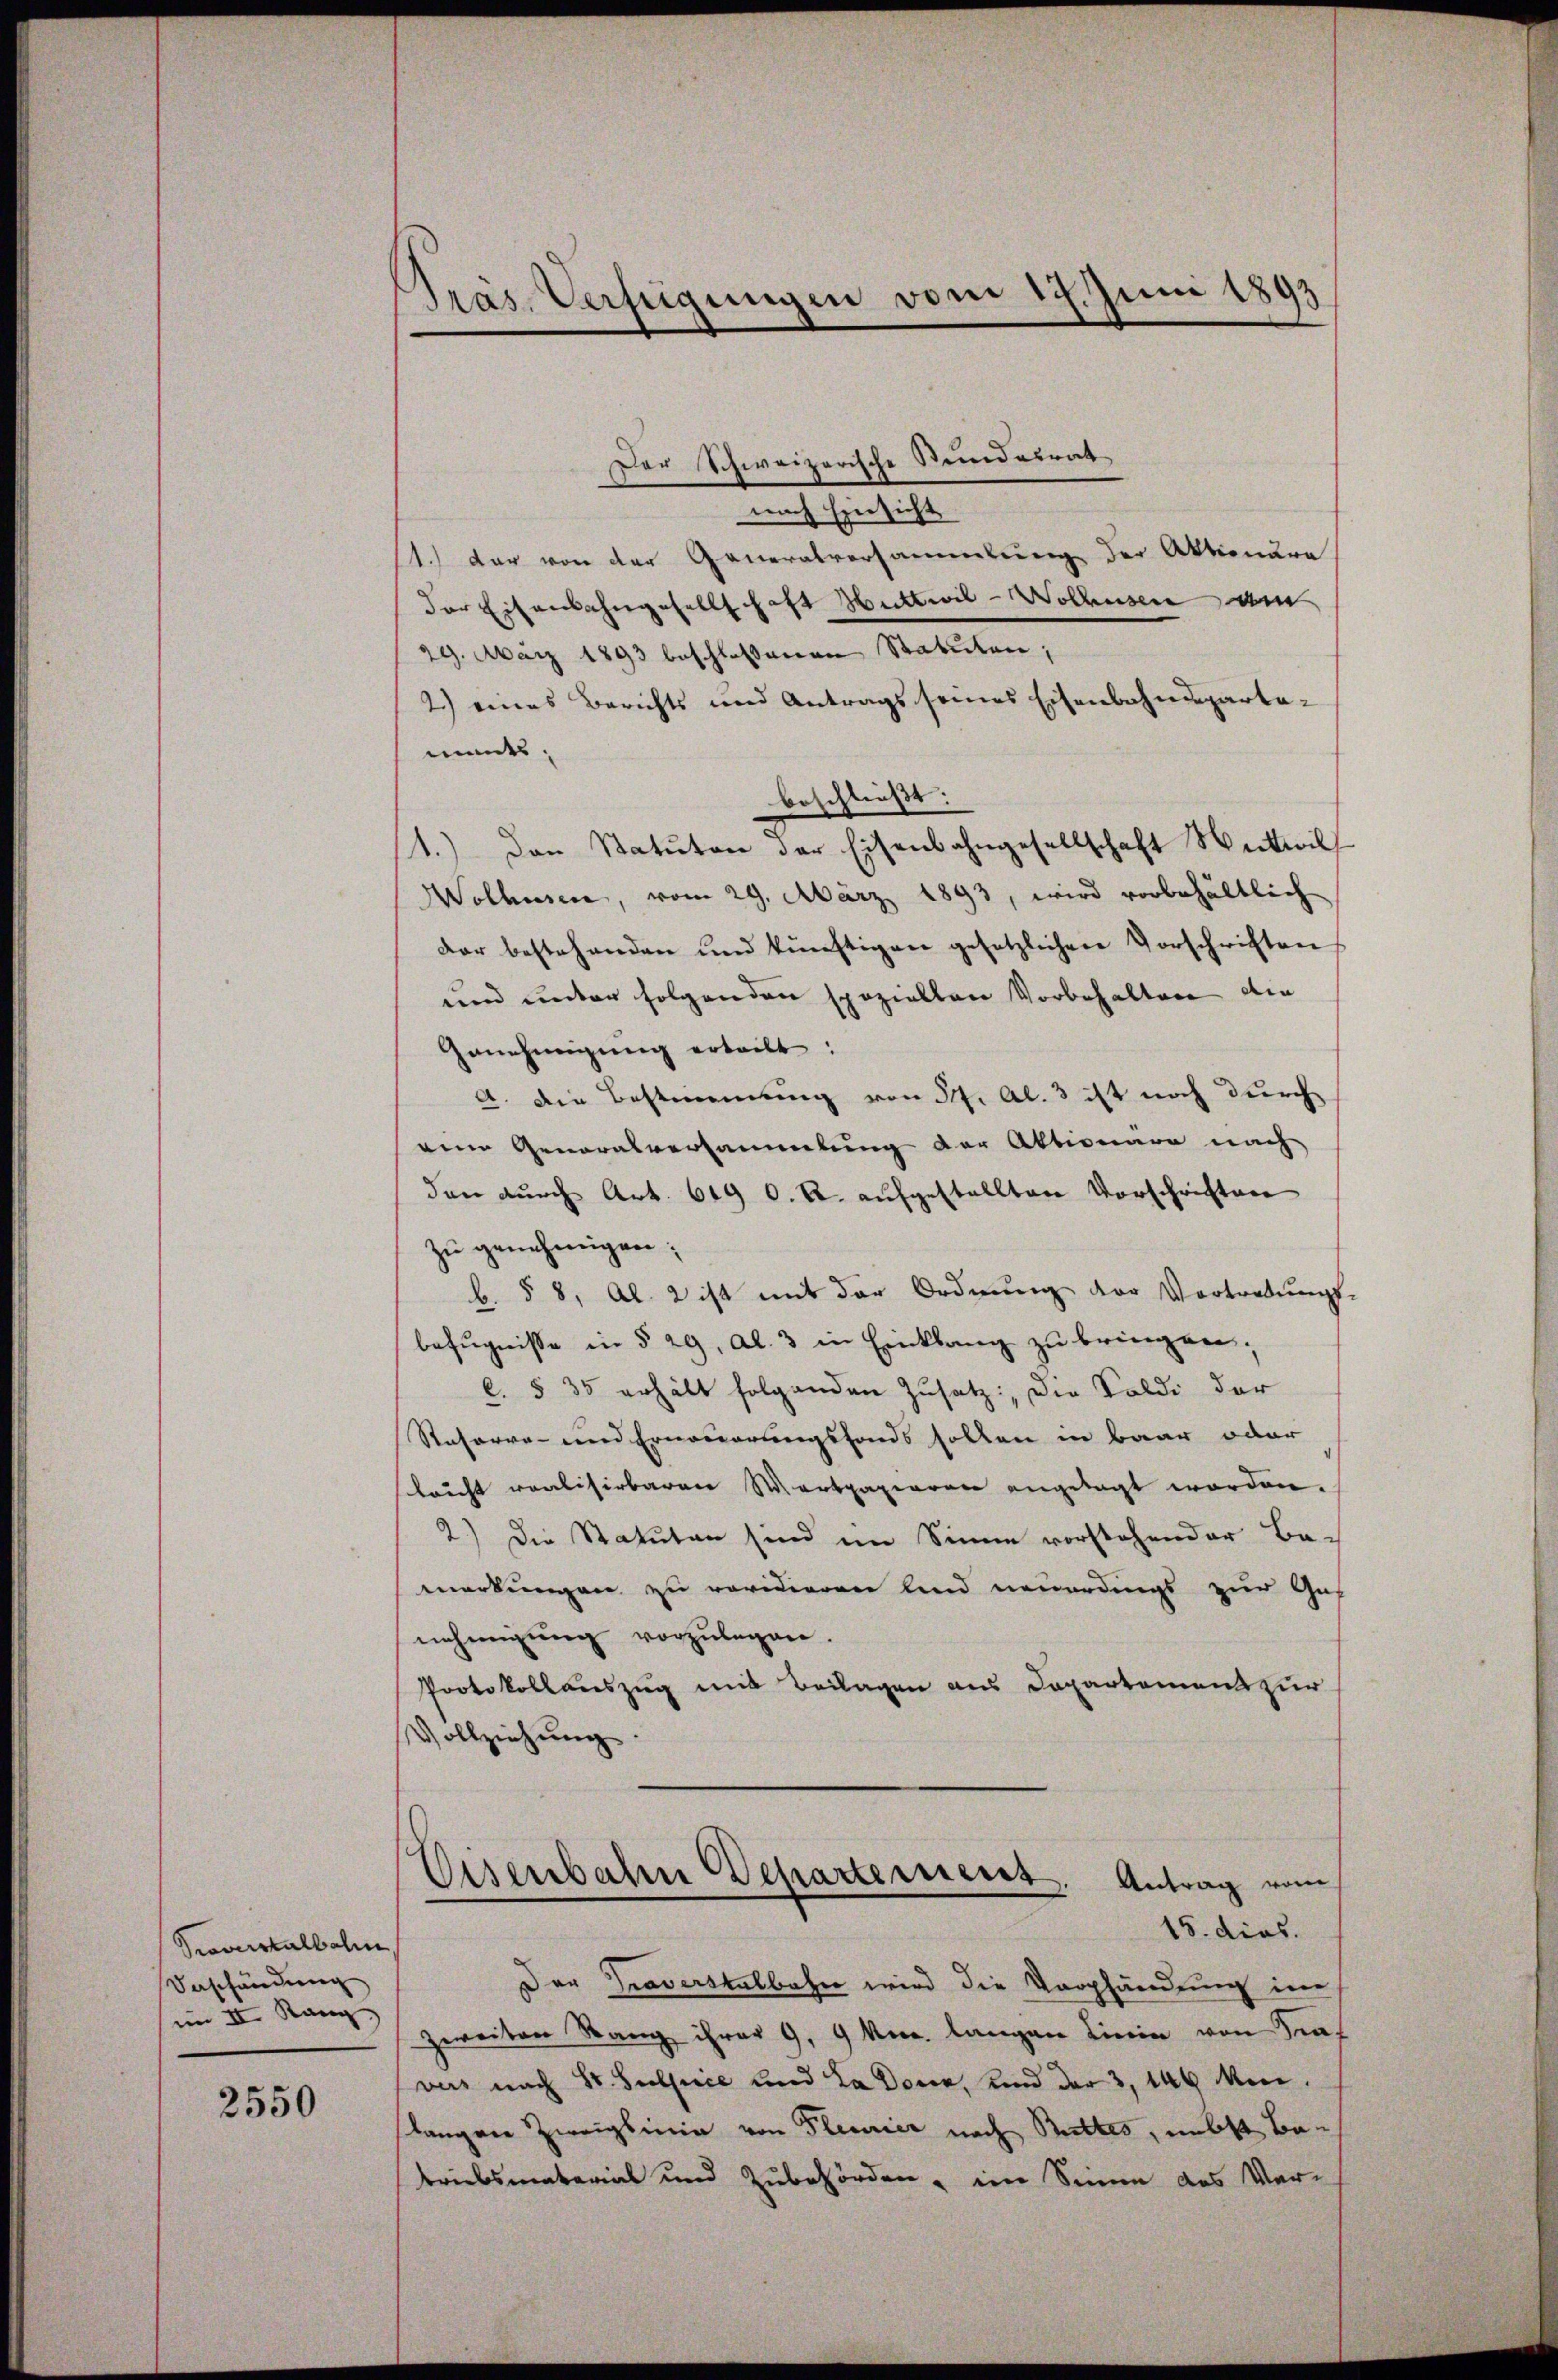
Porrtalbahn
Verschändung
im II. Rang

2550

Präs. Verfügungen vom 17. Juni 1893

Der Schweizerische Steindesrat
nach Einsicht
1.) der von der Generalversammlung der Aktionäre
der Eisenbahngesellschaft Huttwil-Wolhusen am
29. März 1893 beschlossenen Statuten,
2.) eines Berichts und Antrags seines Eisenbahnsparteits,
beschließt:
1.) Den Statuten der Eisenbahngesellschaft Weitwill
Wolhusen, vom 29. März 1893, wird vorbehältlich
der bestehenden und künftigen gesetzlichen Vorschriften
und unter folgenden speziellen Vorbehalten die
Genehmigung erteilt:
A. Die Bestimmung von dh. Al. 3 ist noch durch
eine Generalversammlung der Aktionäre nach
den durch Art. 649 O. R. aufgestellten Vorschriften
zu genehmigen;
b. § 8, Al. 2 ist mit der Ordnŭng der Vortretŭngs-
befugnisse in § 29, Al. 3 in Einklang zu bringen;
C. § 35 erhält folgenden Zusatz, die Soldi der
Rasorre- und Erneuerungsfonds sollen in baar oder
leucht realisirbaren Wertpapieren angetagt worden.
2.) Die Statuten sind im Sinne vorstehender Be-
merkungen zu revidieren sind neuerdings zur Ges
nehmigung vorzulegen.
Protokollauszug mit Beilagen aus Departamens zur
Vollziehŭng.
Eisenbahn Departerneret. Antrag vom
15. dies
Der Traverstelbahn wird die Verpfändung im
zweiten Rang ihrer 9. 9 Mor. langen Linie von Graf
vers nach St. Substice und La douz, und der 3, 149 Meilangen Zweigsinia von Plenrier nach Bettes, nebst Betriebsmaterial und Zubehörden, im Sinne das Ver-